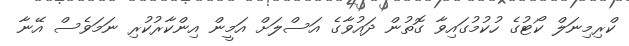
ކްރިމިނަލް ކޯޓުގެ ހުކުމުގައިވާ ގޮތުން ދައުވާގެ އަސްލަށް އަމީން އިންކާރުކުރި ނަމަވެސް އޭނާ